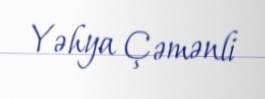
Yəhya Çəmənli